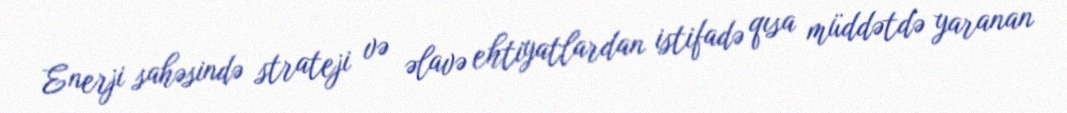
Enerji sahəsində strateji və əlavə ehtiyatlardan istifadə qısa müddətdə yaranan